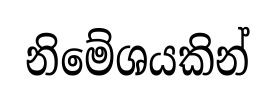
නිමේශයකින්